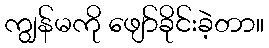
ကျွန်မကို ဖျော်ခိုင်းခဲ့တာ။